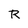
Character: R